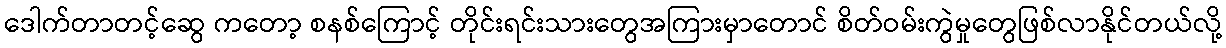
ဒေါက်တာတင့်ဆွေ ကတော့ စနစ်ကြောင့် တိုင်းရင်းသားတွေအကြားမှာတောင် စိတ်ဝမ်းကွဲမှုတွေဖြစ်လာနိုင်တယ်လို့